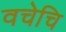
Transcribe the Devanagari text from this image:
वचेचि